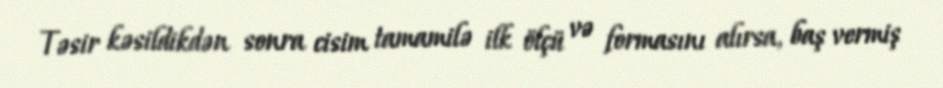
Təsir kəsildikdən sonra cisim tamamilə ilk ölçü və formasını alırsa, baş vermiş